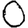
Digit: 0